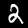
Digit: 2